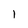
Character: 1